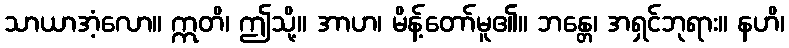
သာယာအံ့လော။ ဣတိ၊ ဤသို့။ အာဟ၊ မိန့်တော်မူ၏။ ဘန္တေ၊ အရှင်ဘုရား။ နဟိ၊